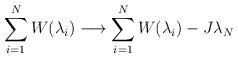
LaTeX: \begin{align*}\sum_{i=1}^{N} W(\lambda_{i}) \longrightarrow\sum_{i=1}^{N} W(\lambda_{i}) - J \lambda_{N}\end{align*}